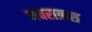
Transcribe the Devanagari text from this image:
नवरात्रास